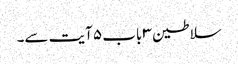
سلاطین ۳ باب ۵ آیت سے۔